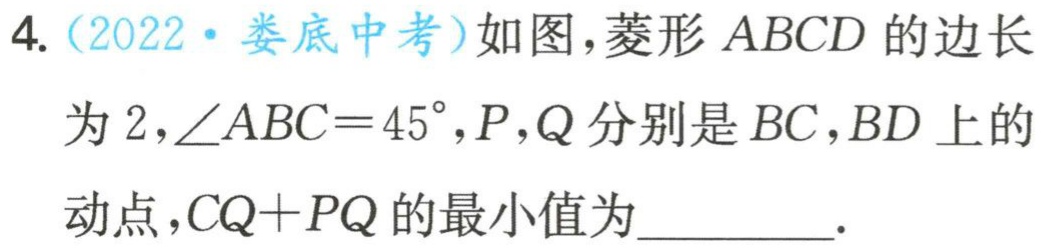
4.（2022·娄底中考）如图，菱形 \(ABCD\) 的边长为 \(2,\angle ABC = 45^{\circ},P,Q\) 分别是 \(BC,BD\) 上的动点，\(CQ + PQ\) 的最小值为_________.